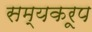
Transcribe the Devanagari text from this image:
सम्यकरूप